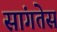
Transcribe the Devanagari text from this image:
सांगतेस